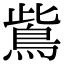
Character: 鴜